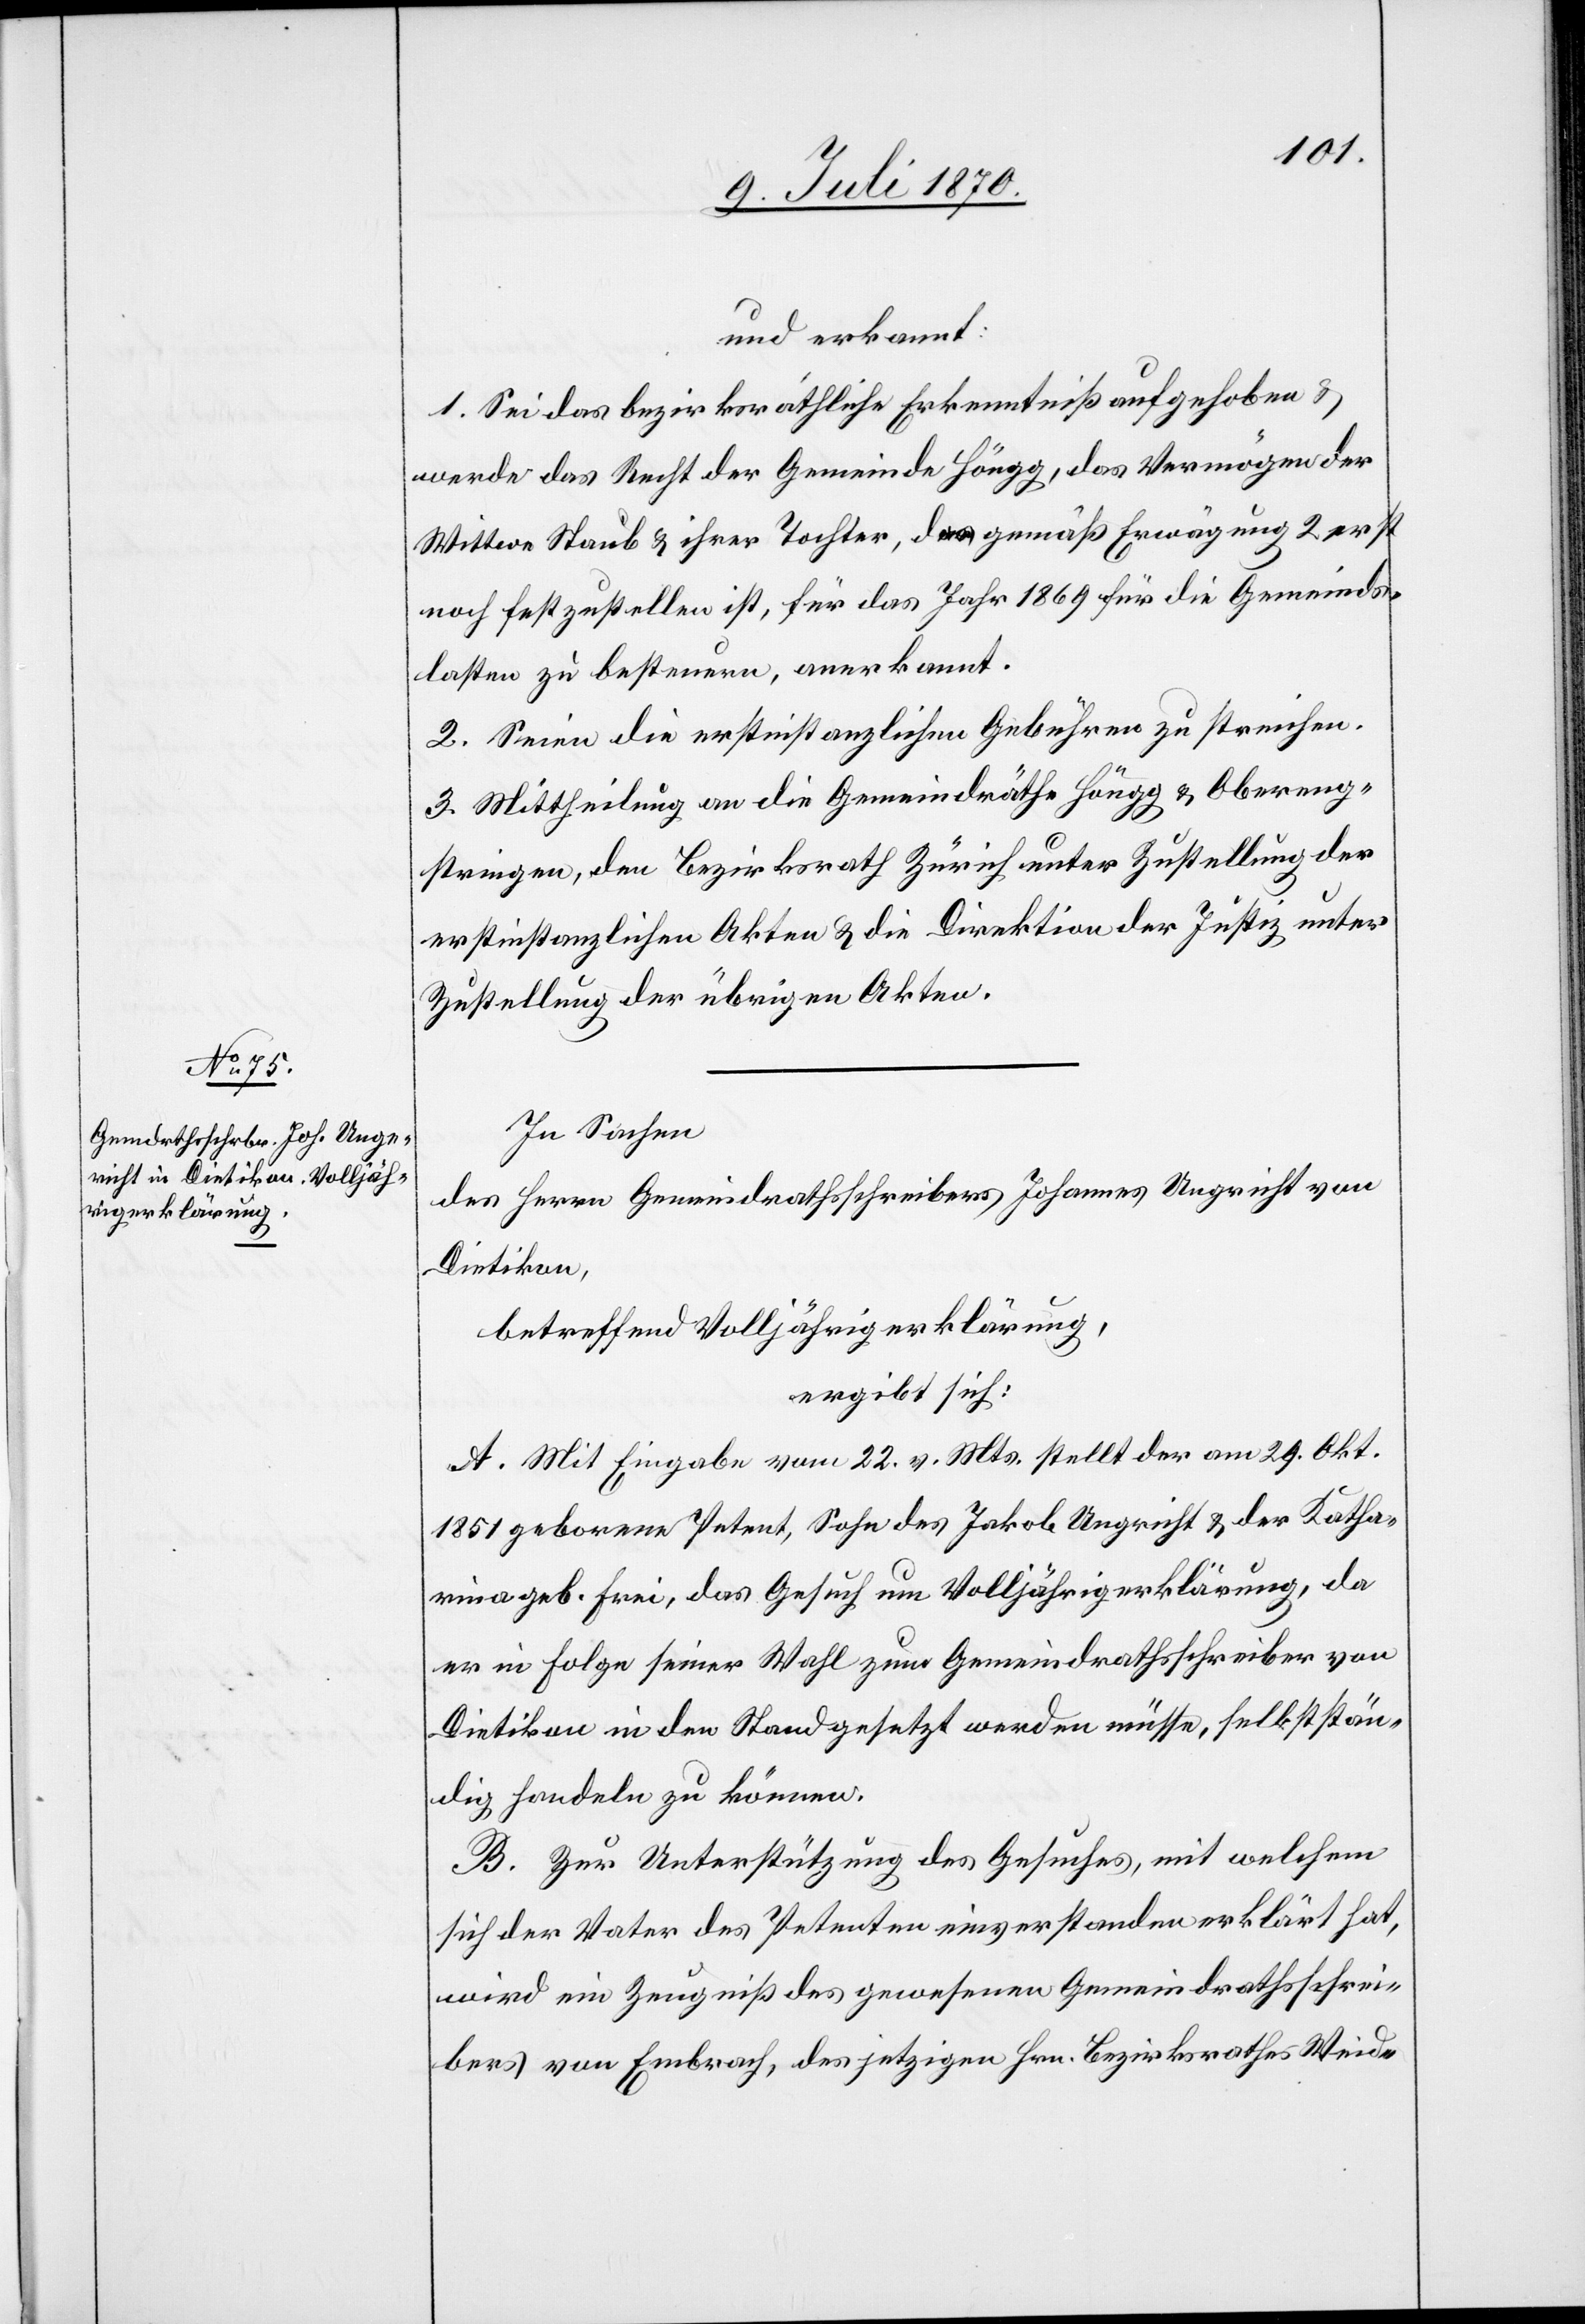
und erkannt:
1. Sei das bezirksräthliche Erkenntniß aufgehoben &
werde das Recht der Gemeinde Höngg, das Vermögen der
Wittwe Staub & ihrer Tochter, das gemäß Erwägung 2 erst
noch festzustellen ist, für das Jahr 1869 für die Gemeinds¬
lasten zu besteuern, anerkannt.
2. Seien die erstinstanzlichen Gebühren zu streichen.
3. Mittheilung an die Gemeindräthe Höngg & Obereng¬
stringen, den Bezirksrath Zürich unter Zustellung der
erstinstanzlichen Akten & die Direktion der Justiz unter
Zustellung der übrigen Akten.
In Sachen
des Herrn Gemeindrathsschreibers Johannes Ungricht
Dietikon,
betreffend Volljährigkeitserklärung,
ergibt sich:
A. Mit Eingabe vom 22. v. Mts. stellt der am 29. Okt.
1851 geborene Petent, Sohn des Jakob Ungricht & der Katha¬
rina geb. Frei, das Gesuch um Volljährigkeitserklärung, da
er in Folge seiner Wahl zum Gemeindrathsschreiber von
Dietikon in den Stand gesetzt werden müsse, selbstän¬
dig handeln zu können.
B. Zur Unterstützung des Gesuches, mit welchem
sich der Vater des Petenten einverstanden erklärt hat,
wird ein Zeugniß des gewesenen Gemeindrathsschrei¬
bers von Embrach, des jetzigen Hrn. Bezirksrathes Weid-